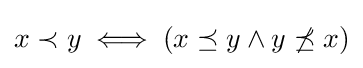
x\prec y\iff (x\preceq y\land y\not \preceq x)